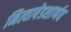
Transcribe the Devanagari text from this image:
नित्याषेडशार्णव